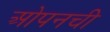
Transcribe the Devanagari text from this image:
ओपनची